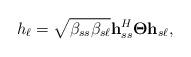
LaTeX: \begin{align*} h_\ell = \sqrt{\beta_{ss} \beta_{s\ell}}\mathbf{h}_{ss}^H \mathbf{\Theta} \mathbf{h}_{s\ell},\end{align*}